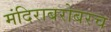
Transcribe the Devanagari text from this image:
मंदिराबरोबरच